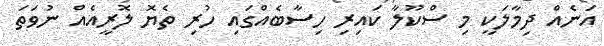
އަނެއް ދިމާލަކީ މި ސްކޫލާ ކައިރި ހިސާބެއްގައި ހުރި ތެޔޮ ލޮރީއެއް ނުވަތަ